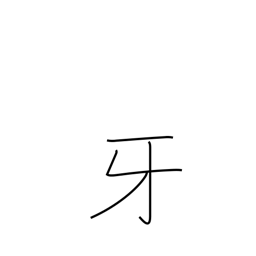
Meaning: fang